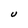
Character: u